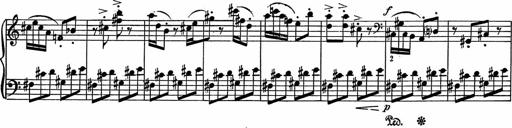
Title: 3Ã¨me Sonatine
Composer: Raffaele d' Alessandro